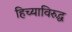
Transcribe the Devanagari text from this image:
हिच्याविरुद्ध